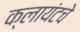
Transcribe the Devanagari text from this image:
क्लायंटचे